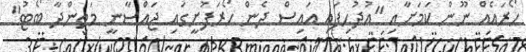
ހޯރައެއް ނޫން ކަމަށާއި "އުދުހިފައި އައިސް ދެން ހޯރަފުށީގައި ޖައްސާނީ މަތިންދާ ބޯޓު"